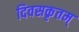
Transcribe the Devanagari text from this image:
दिवसकृतम्‌